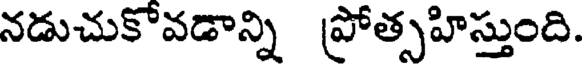
నడుచుకొవడాన్ని ప్రోత్సహిస్తుంది.